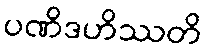
ပဏိဒဟိဿတိ